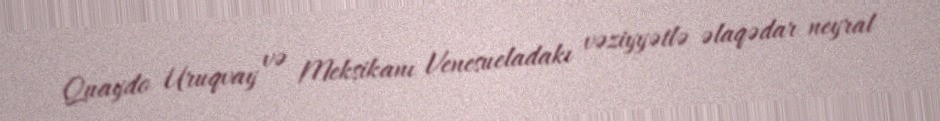
Quaydo Uruqvay və Meksikanı Venesueladakı vəziyyətlə əlaqədar neyral